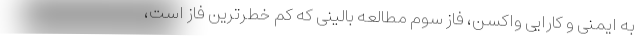
به ایمنی و کارایی واکسن، فاز سوم مطالعه بالینی که کم خطرترین فاز است،